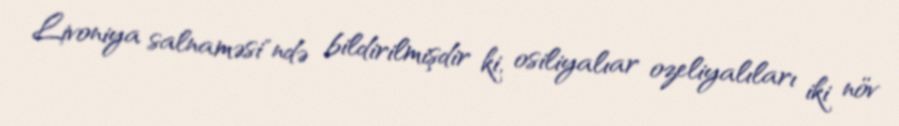
Livoniya salnaməsi"ndə bildirilmişdir ki, osiliyalıar ozeliyalıları iki növ